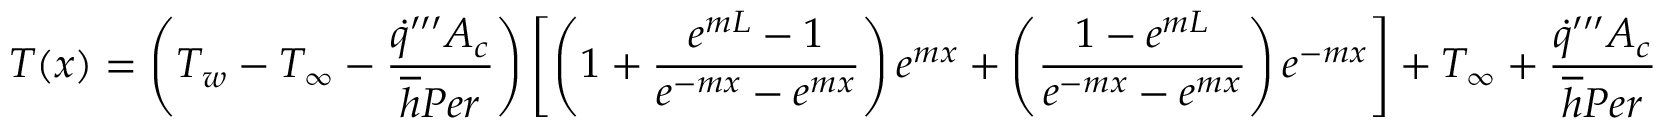
T ( x ) = \left( T _ { w } - T _ { \infty } - \frac { \dot { q } ^ { \prime \prime \prime } A _ { c } } { \overline { { h } } P e r } \right) \left[ \left( 1 + \frac { e ^ { m L } - 1 } { e ^ { - m x } - e ^ { m x } } \right) e ^ { m x } + \left( \frac { 1 - e ^ { m L } } { e ^ { - m x } - e ^ { m x } } \right) e ^ { - m x } \right] + T _ { \infty } + \frac { \dot { q } ^ { \prime \prime \prime } A _ { c } } { \overline { { h } } P e r }